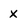
Character: x